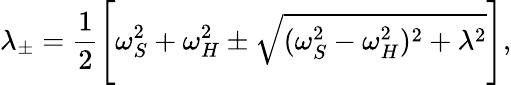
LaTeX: \lambda_{\pm}=\frac{1}{2}\Biggl[\omega_{S}^{2}+\omega_{H}^{2}\pm\sqrt{(\omega_{S}^{2}-\omega_{H}^{2})^{2}+\lambda^{2}}\Biggr],